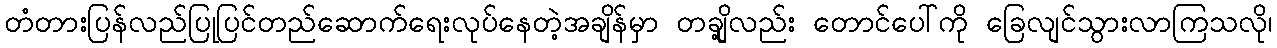
တံတားပြန်လည်ပြုပြင်တည်ဆောက်ရေးလုပ်နေတဲ့အချိန်မှာ တချို့လည်း တောင်ပေါ်ကို ခြေလျင်သွားလာကြသလို၊